Annual administration and progress report of the Indian Medical Department, Bombay
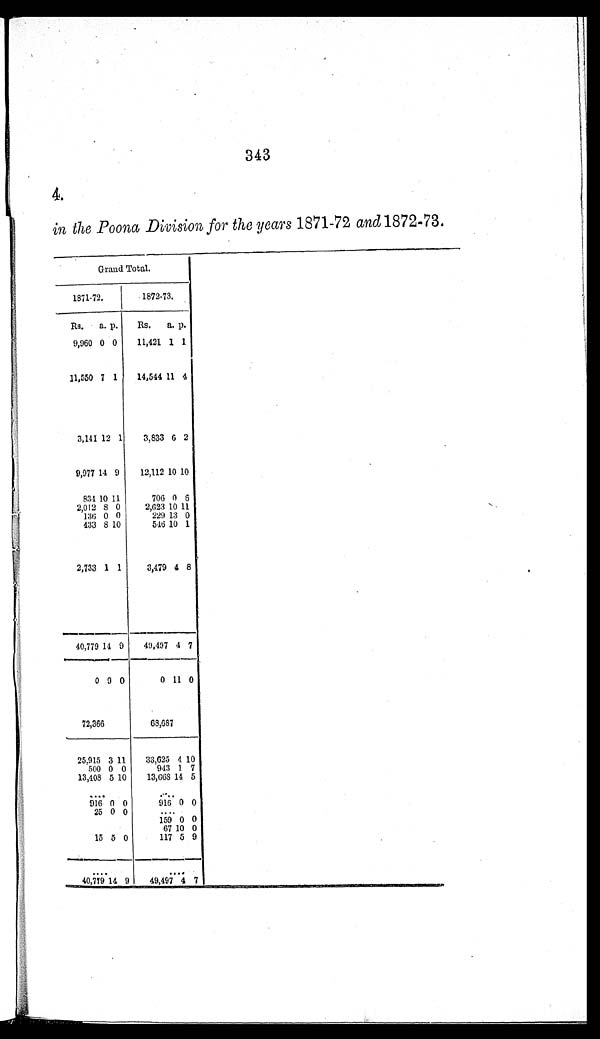
343
4.
in the Poona Division for the years 1871-72 and 1872-73.
Grand Total.
1871-72.
1872-73.
Rs. a. p.
Rs. a. p.
9,960 0 0
11,421 1 1
11,550 7 1
14,544 11 4
3,141 12 1
3,833 6 2
9,977 14 9
12,112 10 10
834 10 11
706 0 6
2,012 8 0
2,623 10 11
136 0 0
229 13 0
433 8 10
546 10 1
2,733 1 1
3,479 4 8
40,779 14 9
49,497 4 7
0 9 0
0 11 0
72,366
68,687
25,915 3 11
33,625 4 10
500 0 0
943 1 7
13,408 5 10
13,668 14 5
. . .
. . .
916 0 0
916 0 0
25 0 0
. . .
. . .
159 0 0
. . .
67 10 0
15 5 0
117 5 9
. . .
. . .
40,719 14 9
49,497 4 7